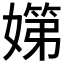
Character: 𡠨